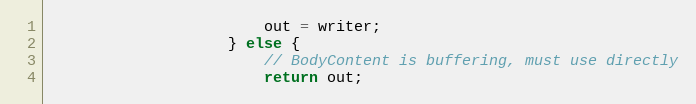
Language: Java
						out = writer;
					} else {
						// BodyContent is buffering, must use directly
						return out;